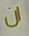
ان